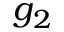
g _ { 2 }